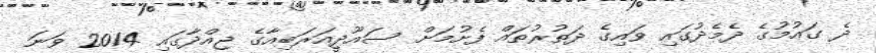
ދެ ގައުމުގެ ދެމެދުގައި ވައިގެ ދަތުރުތައް ފެށުމަށް ސައޫދީިއަރަބިއާގެ ޖިއްދާގައި 2014 ވަނަ